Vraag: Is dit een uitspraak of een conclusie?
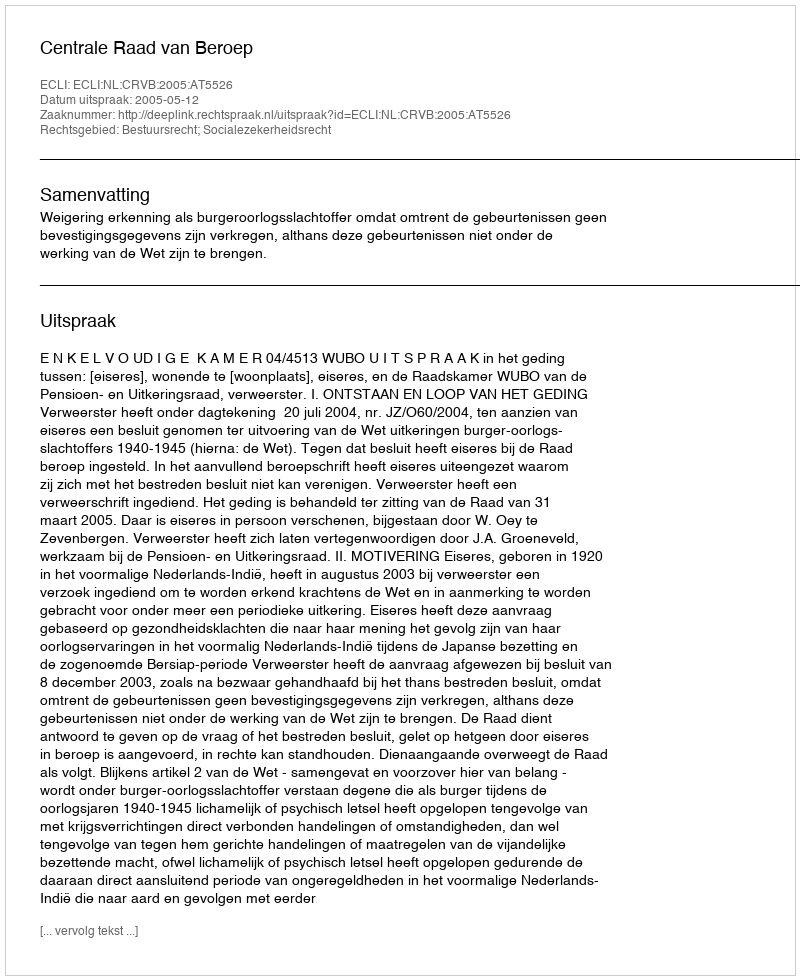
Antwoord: Uitspraak